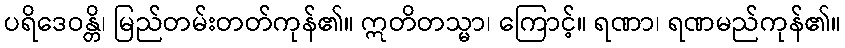
ပရိဒေဝန္တိ၊ မြည်တမ်းတတ်ကုန်၏။ ဣတိတသ္မာ၊ ကြောင့်။ ရဏာ၊ ရဏမည်ကုန်၏။